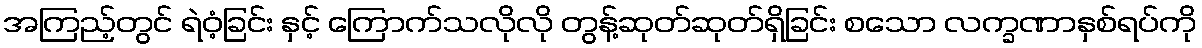
အကြည့်တွင် ရဲဝံ့ခြင်း နှင့် ကြောက်သလိုလို တွန့်ဆုတ်ဆုတ်ရှိခြင်း စသော လက္ခဏာနှစ်ရပ်ကို